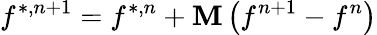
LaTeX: {f^{*,n+1}}={f^{*,n}}+{\mathbf{M}}\left({{f^{n+1}}-{f^{n}}}\right)